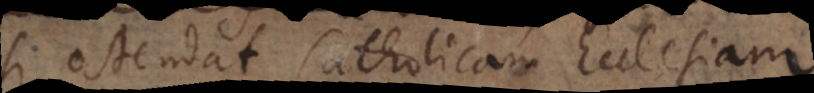
si ostendat Catholicam Ecclesiam